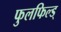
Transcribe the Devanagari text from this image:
फुलफिल्ड्